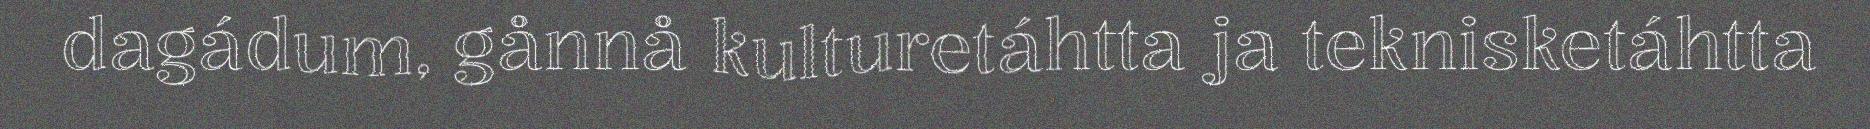
dagádum, gånnå kulturetáhtta ja teknisketáhtta